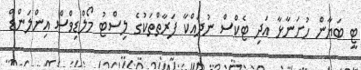
ޓީ ބަޔާން ހުށަނާޅާ އަދި ޓެކްސް ނުދައްކާ ފަރާތްތަކުގެ ލިސްޓު މޯލްޑިވްސް އިންލަންޑް